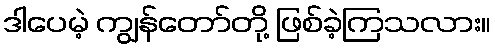
ဒါပေမဲ့ ကျွန်တော်တို့ ဖြစ်ခဲ့ကြသလား။